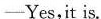
—Yes,it is.